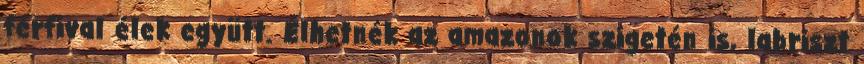
férfival élek együtt. Élhetnék az amazonok szigetén is, labriszt